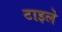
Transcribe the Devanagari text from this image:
टाइले